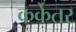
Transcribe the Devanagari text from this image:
कर्केतर